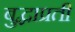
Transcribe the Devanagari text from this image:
बुद्धाप्रती